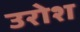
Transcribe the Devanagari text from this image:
उरोश